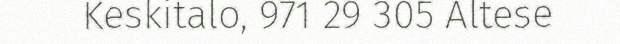
Keskitalo, 971 29 305 Altese